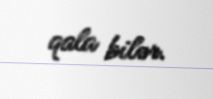
qala bilər.